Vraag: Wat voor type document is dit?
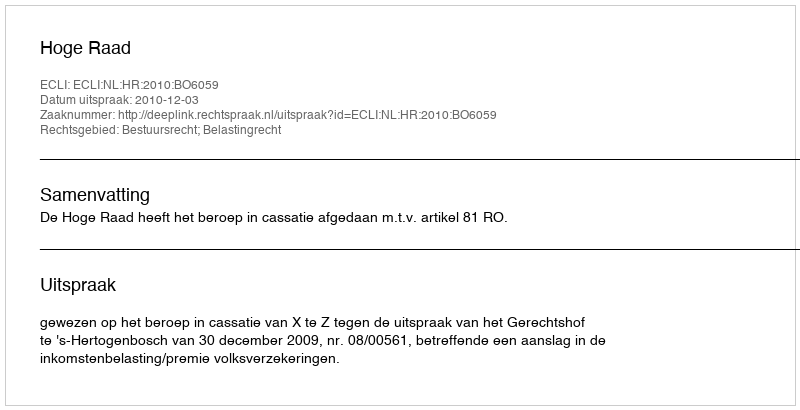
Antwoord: Uitspraak